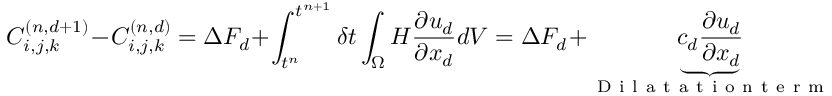
C _ { i , j , k } ^ { ( n , d + 1 ) } - C _ { i , j , k } ^ { ( n , d ) } = \Delta F _ { d } + \int _ { t ^ { n } } ^ { t ^ { n + 1 } } \delta t \int _ { \Omega } H \frac { \partial u _ { d } } { \partial x _ { d } } d V = \Delta F _ { d } + \underbrace { c _ { d } \frac { \partial u _ { d } } { \partial x _ { d } } } _ { \mathrm { ~ D ~ i ~ l ~ a ~ t ~ a ~ t ~ i ~ o ~ n ~ t ~ e ~ r ~ m ~ } }